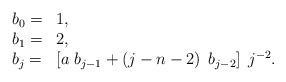
LaTeX: \begin{align*}\begin{array}{ll} b_{0}= & 1, \\ b_{1}= & 2, \\ b_{j}= & \left[ a\;b_{j-1}+\left( j-n-2\right) \;b_{j-2}\right] \;j^{-2}. \end{array} \end{align*}